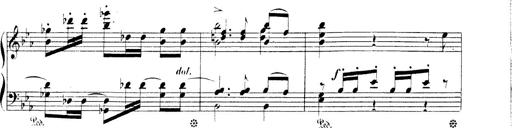
Title: 3 Chansons
Composer: Franz Liszt